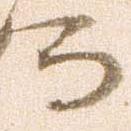
而